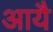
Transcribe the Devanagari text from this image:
आयै